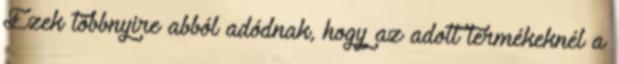
Ezek többnyire abból adódnak, hogy az adott termékeknél a